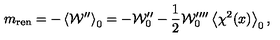
m _ { \mathrm { r e n } } = - \left\langle { \cal W } ^ { \prime \prime } \right\rangle _ { 0 } = - { \cal W } _ { 0 } ^ { \prime \prime } - \frac { 1 } { 2 } { \cal W } _ { 0 } ^ { \prime \prime \prime \prime } \left\langle \chi ^ { 2 } ( x ) \right\rangle _ { 0 } ,